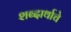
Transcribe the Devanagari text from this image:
शब्दार्थाचे